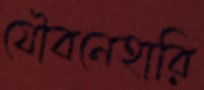
যৌবনেহারি